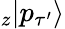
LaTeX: _z|p_{\tau^{\prime}}\rangle